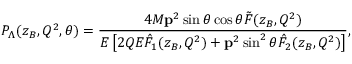
P _ { \Lambda } ( z _ { B } , Q ^ { 2 } , \theta ) = \frac { 4 M { \bf p } ^ { 2 } \sin \theta \cos \theta \tilde { F } ( z _ { B } , Q ^ { 2 } ) } { E \left[ 2 Q E \hat { F } _ { 1 } ( z _ { B } , Q ^ { 2 } ) + { \bf p } ^ { 2 } \sin ^ { 2 } \theta \hat { F } _ { 2 } ( z _ { B } , Q ^ { 2 } ) \right] } ,